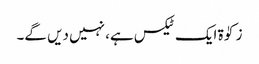
زکوٰۃ ایک ٹیکس ہے، نہیں دیں گے۔